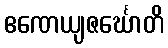
ဧဏေယျဇင်္ဃောတိ